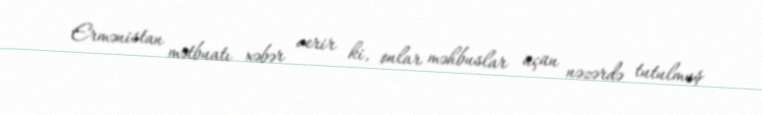
Ermənistan mətbuatı xəbər verir ki, onlar məhbuslar üçün nəzərdə tutulmuş